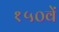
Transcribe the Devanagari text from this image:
१५०वें